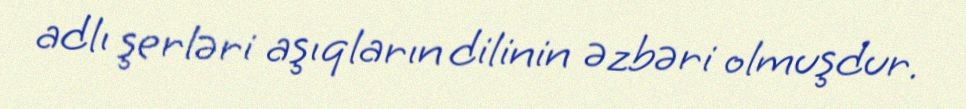
adlı şerləri aşıqların dilinin əzbəri olmuşdur.